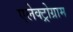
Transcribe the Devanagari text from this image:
एलेक्ट्रोग्राम